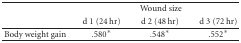
|  | <COLSPAN=3> Wound size |
 |  | d 1 (24 hr) | d 2 (48 hr) | d 3 (72 hr) |
 | --- | --- | --- | --- |
 | Body weight gain | .580* | .548* | .552* |